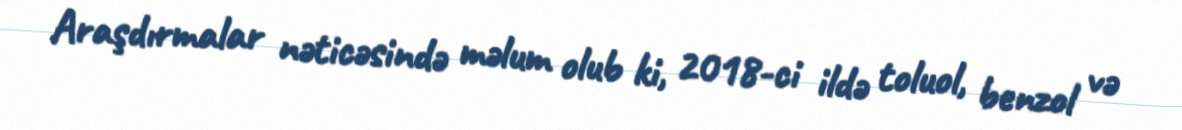
Araşdırmalar nəticəsində məlum olub ki, 2018-ci ildə toluol, benzol və